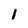
Character: 1